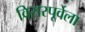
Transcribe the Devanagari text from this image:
विरारपूर्वेला